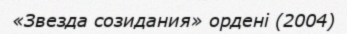
«Звезда созидания» ордені (2004)